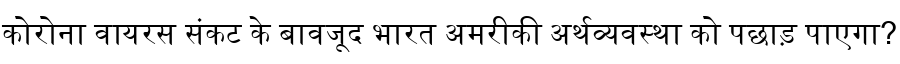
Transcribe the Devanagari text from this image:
कोरोना वायरस संकट के बावजूद भारत अमरीकी अर्थव्यवस्था को पछाड़ पाएगा?